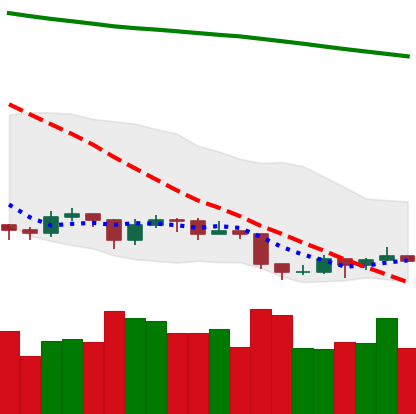
Ticker: EOS-USD
Chart end date: 2019-09-04
Forward return: 17.038%
Label: up_7plus